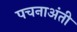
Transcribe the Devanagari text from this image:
पचनाअंती